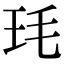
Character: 𭸶